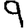
Digit: 9